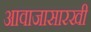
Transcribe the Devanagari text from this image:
आवाजासारखी